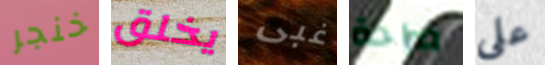
خنجر يخلق غبى صراحة على